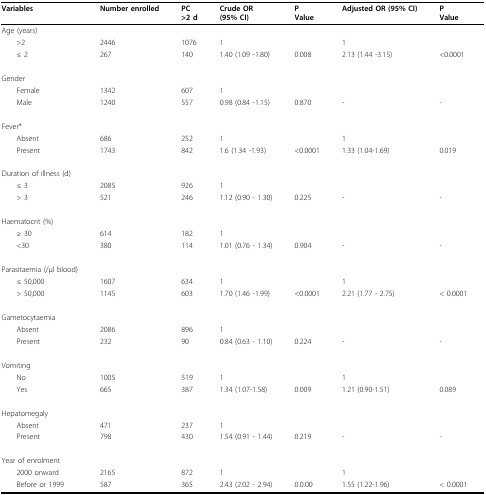
<table><thead><tr><td><b>Variables</b></td><td><b>Number enrolled</b></td><td><b>PC&gt;2 d</b></td><td><b>Crude OR(95% CI)</b></td><td><b>PValue</b></td><td><b>Adjusted OR (95% CI)</b></td><td><b>PValue</b></td></tr></thead><tbody><tr><td>Age (years)</td><td></td><td></td><td></td><td></td><td></td><td></td></tr><tr><td> &gt;2</td><td>2446</td><td>1076</td><td>1</td><td></td><td>1</td><td></td></tr><tr><td> ≤ 2</td><td>267</td><td>140</td><td>1.40 (1.09 -1.80)</td><td>0.008</td><td>2.13 (1.44 -3.15)</td><td>&lt;0.0001</td></tr><tr><td>Gender</td><td></td><td></td><td></td><td></td><td></td><td></td></tr><tr><td> Female</td><td>1342</td><td>607</td><td>1</td><td></td><td></td><td></td></tr><tr><td> Male</td><td>1240</td><td>557</td><td>0.98 (0.84 -1.15)</td><td>0.870</td><td>-</td><td>-</td></tr><tr><td>Fever*</td><td></td><td></td><td></td><td></td><td></td><td></td></tr><tr><td> Absent</td><td>686</td><td>252</td><td>1</td><td></td><td>1</td><td></td></tr><tr><td> Present</td><td>1743</td><td>842</td><td>1.6 (1.34 -1.93)</td><td>&lt;0.0001</td><td>1.33 (1.04-1.69)</td><td>0.019</td></tr><tr><td>Duration of illness (d)</td><td></td><td></td><td></td><td></td><td></td><td></td></tr><tr><td> ≤ 3</td><td>2085</td><td>926</td><td>1</td><td></td><td></td><td></td></tr><tr><td> &gt; 3</td><td>521</td><td>246</td><td>1.12 (0.90 - 1.30)</td><td>0.225</td><td>-</td><td>-</td></tr><tr><td>Haematocrit (%)</td><td></td><td></td><td></td><td></td><td></td><td></td></tr><tr><td> ≥ 30</td><td>614</td><td>182</td><td>1</td><td></td><td></td><td></td></tr><tr><td> &lt;30</td><td>380</td><td>114</td><td>1.01 (0.76 - 1.34)</td><td>0.904</td><td>-</td><td>-</td></tr><tr><td>Parasitaemia (/μl blood)</td><td></td><td></td><td></td><td></td><td></td><td></td></tr><tr><td> ≤ 50,000</td><td>1607</td><td>634</td><td>1</td><td></td><td>1</td><td></td></tr><tr><td> &gt; 50,000</td><td>1145</td><td>603</td><td>1.70 (1.46 -1.99)</td><td>&lt;0.0001</td><td>2.21 (1.77 - 2.75)</td><td>&lt; 0.0001</td></tr><tr><td>Gametocytaemia</td><td></td><td></td><td></td><td></td><td></td><td></td></tr><tr><td> Absent</td><td>2086</td><td>896</td><td>1</td><td></td><td></td><td></td></tr><tr><td> Present</td><td>232</td><td>90</td><td>0.84 (0.63 - 1.10)</td><td>0.224</td><td>-</td><td>-</td></tr><tr><td>Vomiting</td><td></td><td></td><td></td><td></td><td></td><td></td></tr><tr><td> No</td><td>1005</td><td>519</td><td>1</td><td></td><td>1</td><td></td></tr><tr><td> Yes</td><td>665</td><td>387</td><td>1.34 (1.07-1.58)</td><td>0.009</td><td>1.21 (0.90-1.51)</td><td>0.089</td></tr><tr><td>Hepatomegaly</td><td></td><td></td><td></td><td></td><td></td><td></td></tr><tr><td> Absent</td><td>471</td><td>237</td><td>1</td><td></td><td></td><td></td></tr><tr><td> Present</td><td>798</td><td>430</td><td>1.54 (0.91 - 1.44)</td><td>0.219</td><td>-</td><td>-</td></tr><tr><td>Year of enrolment</td><td></td><td></td><td></td><td></td><td></td><td></td></tr><tr><td> 2000 onward</td><td>2165</td><td>872</td><td>1</td><td></td><td>1</td><td></td></tr><tr><td> Before or 1999</td><td>587</td><td>365</td><td>2.43 (2.02 - 2.94)</td><td>0.0.00</td><td>1.55 (1.22-1.96)</td><td>&lt; 0.0001</td></tr></tbody></table>